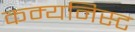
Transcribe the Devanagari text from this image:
कम्यनिस्ट